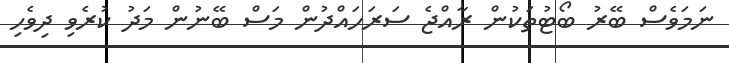
ނަމަވެސް ބޭރު ބޯޓުތަކުން ރާއްޖެ ސަރަހައްދުން މަސް ބޭނުން މަދު ކުރެވި ދިވެހި